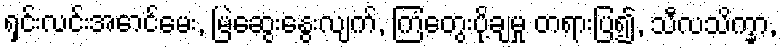
ရှင်းလင်းအောင်မေး, မြဲဆွေးနွေးလျက်, ကြံတွေးပို့ချမှု တရားပြ၍, သီလသိက္ခာ,